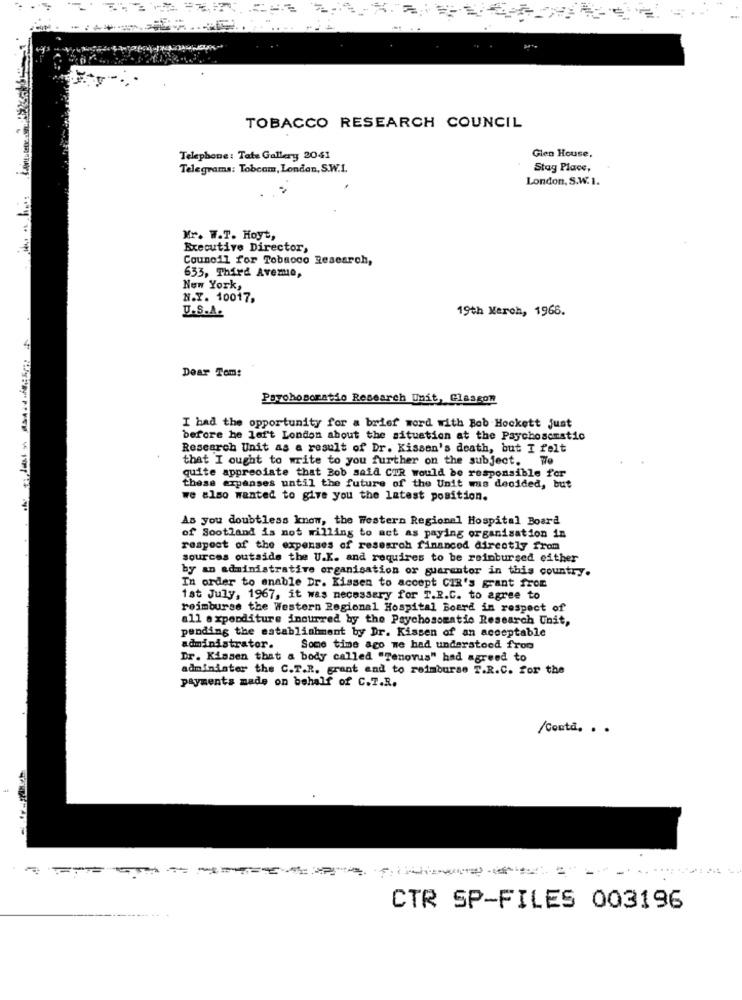
TOBACCO RESEARCH COUNCIL
Telephone: Tate Gallery 2041
Glen House.
Telegrams: Tobcam, London, S.W.I.
Stag Place,
London, S.W. 1.
Mr. W.T. Hoyt,
Executive Director,
Council for Tobacco Research,
633, Third Avemo,
New York,
N.Y. 10017,
U.S.A.
19th Merch, 1966.
Dear Tom!
Psychosomatio Research Unit, Glasson
I had the opportunity for a brief word with Bob Hockett just
before he lof't London about the situation at the Psychosomatic
Research Unit as a result of Dr. Kissen's death, but I felt
that I ought to write to you further on the subject. We
quite appreciate that Bob said CTR would be responsible for
these expanses until the future of the Unit was decided, but
we also wanted to give you the latest position.
As you doubtless know, the Western Regionel Hospital Board
of Scotland is not willing to act as paying organisation in
respect of the expenses of research financed directly from
sources outside the U.K. and requires to be reimbursed either
by an administrative organisation or guarantor in this country.
In order to enable Dr. Kissen to accept CIR's grant from
tat July, 1967, it was necessary for T.R.C. to agree to
reimburse the Western Regional Hospital Board in respect of
all expenditure incurred by the Psychosomatio Research Unit,
pending the establishment by Dr. Kissen of an acceptable
administrator. Some time ago me had understood from
Dr. Kissen that a body called "Tenovus" had agreed to
administer the C.T.R. grant and to reimburse T.R.C. for the
payments made on behalf of C.T.R.
/Conta. . .
CTR SP-FILES 003196